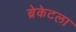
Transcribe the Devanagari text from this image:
ब्रेकेटला